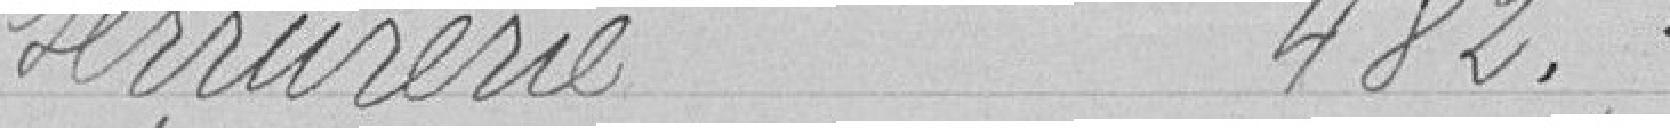
Serrurerie 482 francs